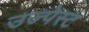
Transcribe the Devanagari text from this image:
उज्पेस्ट